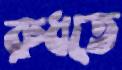
রুধতে